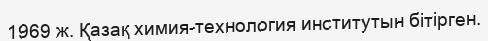
1969 ж. Қазақ химия-технология институтын бітірген.